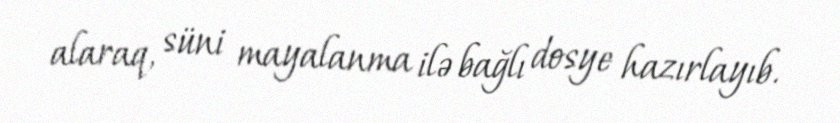
alaraq, süni mayalanma ilə bağlı dosye hazırlayıb.